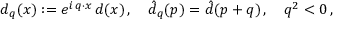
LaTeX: d _ { q } ( x ) : = e ^ { i \, q \cdot x } \, d ( x ) \, , \quad \hat { d } _ { q } ( p ) = \hat { d } ( p + q ) \, , \quad q ^ { 2 } < 0 \, ,